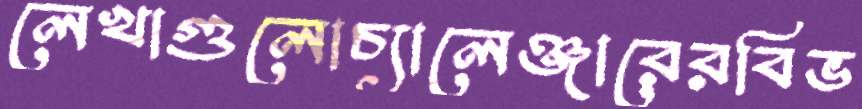
লেখাগুলোচ্যালেঞ্জারেরবিভ